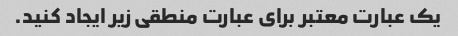
یک عبارت معتبر برای عبارت منطقی زیر ایجاد کنید.